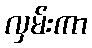
လှမ်းကာ